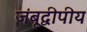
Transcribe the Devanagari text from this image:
जंबूद्वीपीय